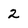
Character: 2